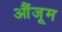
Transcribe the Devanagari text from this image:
औंजूम